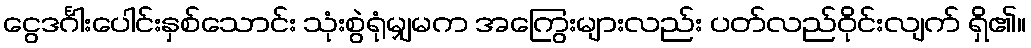
ငွေဒင်္ဂါးပေါင်းနှစ်သောင်း သုံးစွဲရုံမျှမက အကြွေးများလည်း ပတ်လည်ဝိုင်းလျက် ရှိ၏။